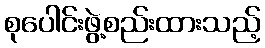
စုပေါင်းဖွဲ့စည်းထားသည့်